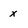
Character: x